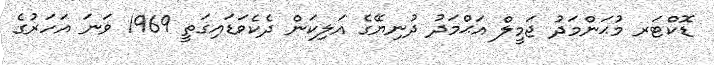
ޑޮކްޓަރ މުޙަންމަދު ޖަމީލް އަޙްމަދު ދުނިޔޭގެ އަލިކަން ދެކެވަޑައިގަތީ 1969 ވަނަ އަހަރުގެ